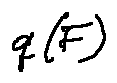
q ( F )